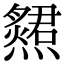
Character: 𤑩